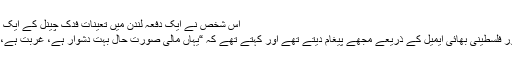
اس شخص نے ایک دفعہ لندن میں تعینات فدک چینل کے ایک براہ راستی نشری پروگرام کے ضمن میں کہا:
“مجھے یاد پڑتا ہے کہ ہمارے کتنے اردنی اور فلسطینی بھائی ایمیل کے ذریعے مجھے پیغام دیتے تھے اور کہتے تھے کہ “یہاں مالی صورت حال بہت دشوار ہے، غربت ہے، اور ہم برطانیہ ہجرت کرکے جانا چاہتے ہیں۔